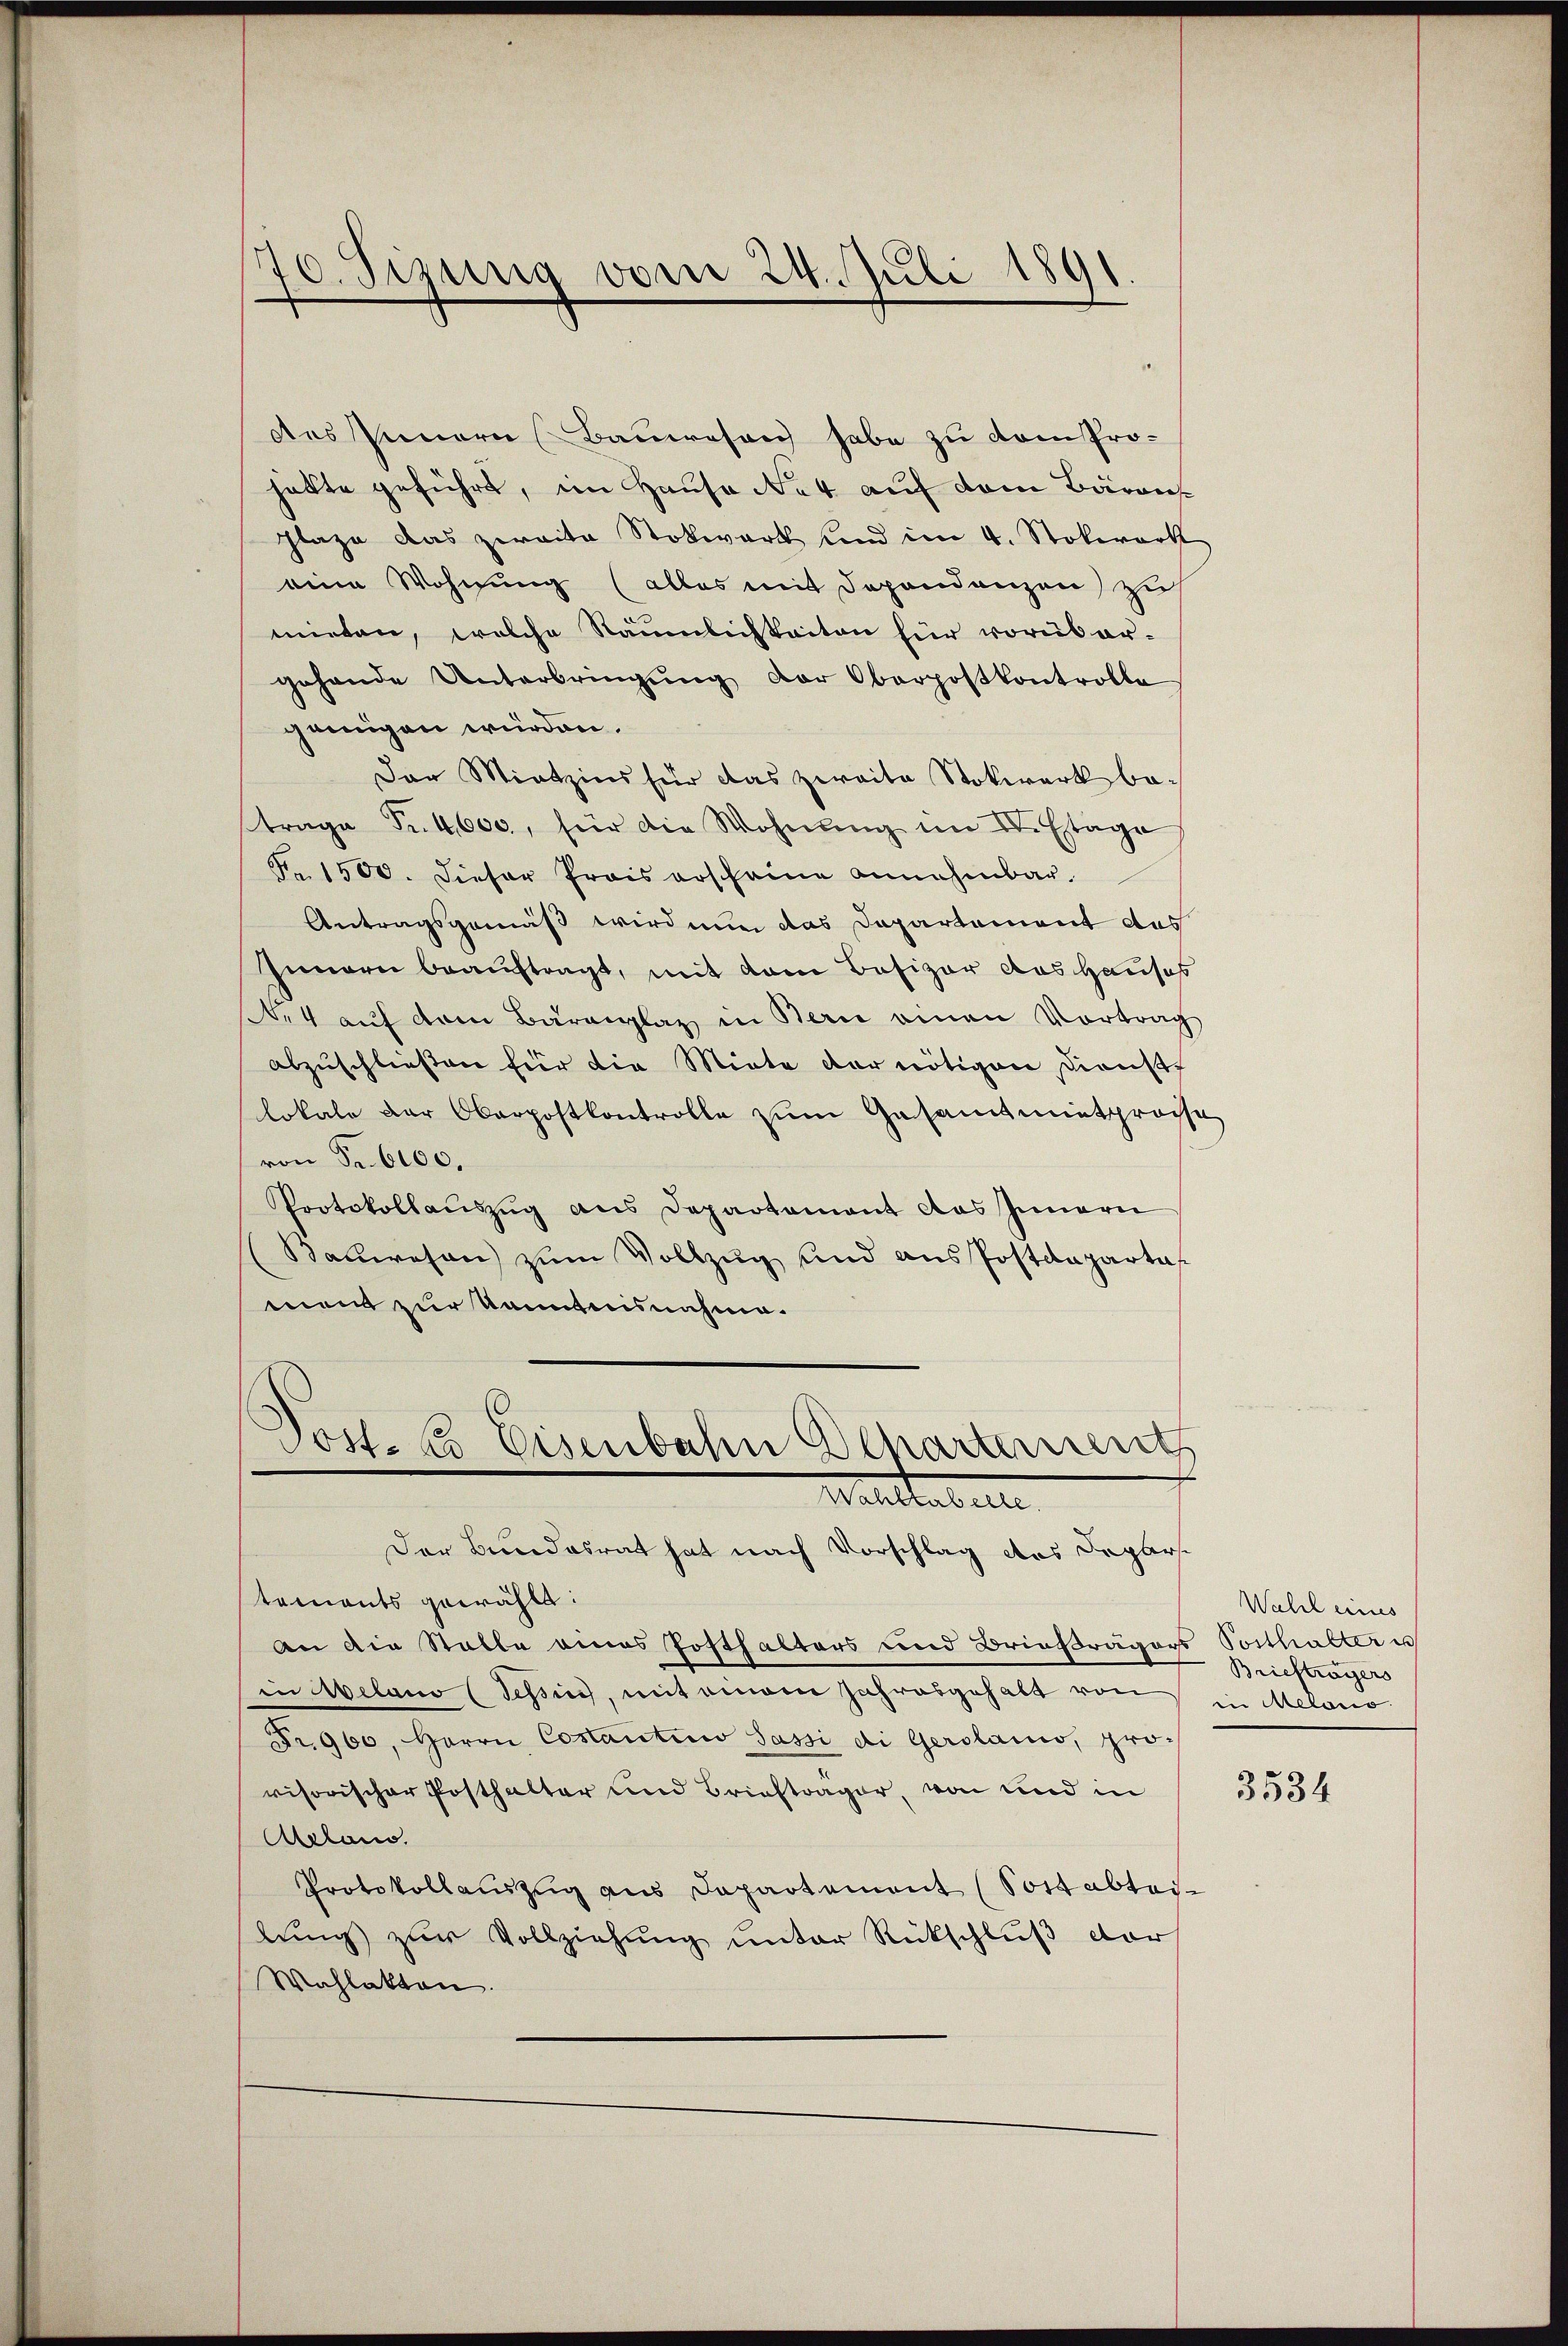
des Innern Bauwesen habe zu comprohatte geführt, im Hause No 4 auf dem Bäransplaze das zweite Stokwart und im 4. Stolwerk
eine Wohnung (alles mit Dependanzen zu
mieten, welche Räumlichkeiten für vorüber-
gehande Unterbringŭng der Oberpostkontrolle
genügen würden.
Der Mietzins für das zweite Stokwerk betrage
Fr. 4,600, für die Wohnŭng im IV. Etage
Nr. 1500. Dieser Prois erscheine annehmbar¬
Antragsgemäß wird nun das Departement das
Innern beauftragt, mit dem Besizer das Hauses
e4 auf dem Bärenplaz in Bern einen Vortrag
abzuschließen für die Miete der nötigen Dienst
lokale der Oberpostkontrolle zŭm Gesamtmitgrosse
von Fr. 6000.
Protokollaŭszŭg ans Departamant das Innern
Sauwesen zum Vollzug und aus Postdeparta
mand zur kanntensnahme.

70. Sizung vom 24. Juli 1891

Post. 23. Eisenbahn Departement
Waltabelle
Der Bundesrat hat nach Vorschlag des Depars.

tements gewählt:
An die Stalle eines Posthalters und Brießrägers Posthalter u
in Abelano (Tessin, mit einem Jahresgehalt von Melang
Fr. 960, Herrn Costantii Sassi di Gerolaio, provisorischer Posthalter und Briefträger, von und in
Aetan.
Protokollauszug aus Departement (Sott abteilŭng zŭr Vollziehŭng ŭnter Rückschlŭβ der
Wahlakten.

Wahl eines
Briefträgers

3534